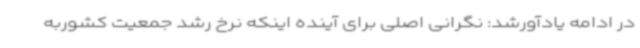
در ادامه یادآورشد: نگرانی اصلی برای آینده اینکه نرخ رشد جمعیت کشوربه